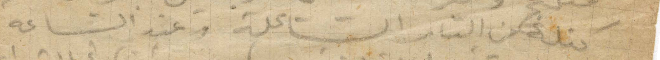
كتلة من النار الشاعلة وعند الساعة